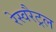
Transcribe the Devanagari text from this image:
रेस्वरैट्रल